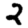
Digit: 2